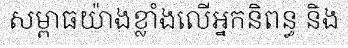
សម្ពាធយ៉ាងខ្លាំងលើអ្នកនិពន្ធ និង